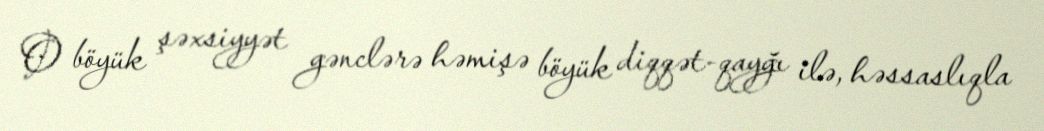
O böyük şəxsiyyət gənclərə həmişə böyük diqqət-qayğı ilə, həssaslıqla